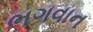
ભગવાન